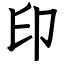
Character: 印